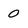
Character: 0